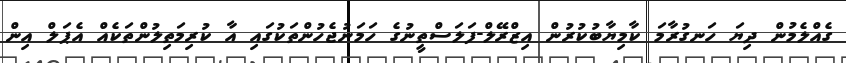
ގެއްލެމުން ދިޔަ ހަނގުރާމަ ކާމިޔާބުކުރުން އިޒްރޭލް-ފަލަސްތީނުގެ ހަމަނުޖެހުންތަކުގައި އާ ކުރިމަތިލުންތަކެއް އެޕަލް އިން